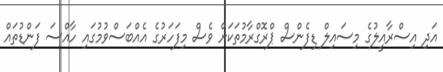
އަދި އިސްރާއީލުގެ މިސައިލް ޑިފެންސް ޕްރޮގްރާމުތަކަށް ވެސް މިފަހަރުގެ އެއްބަސްވުމުގައި ހާއްސަ ފަންޑުތައް